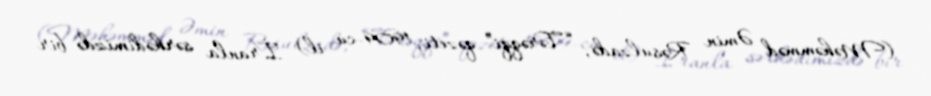
(Məhəmməd Əmin Rəsulzadə, “Tərəqqi” qəzeti, 1909-cu il) İranla sərhədimizdə bir